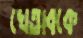
খেতাবকে